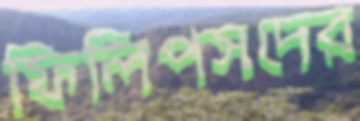
ফিলিপসদের